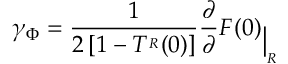
\gamma _ { \Phi } = \frac { 1 } { 2 \left[ 1 - T ^ { \L _ { R } } ( 0 ) \right] } \L \frac { \partial } { \partial \L } { F ^ { \L } ( 0 ) } _ { \big | _ { \L _ { R } } }